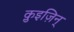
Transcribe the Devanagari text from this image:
क़ुइज़िन्